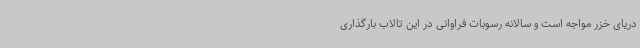
دریای خزر مواجه است و سالانه رسوبات فراوانی در این تالاب بارگذاری